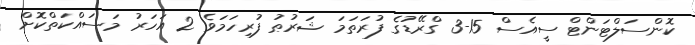
ކޮންސަލްޓަންޓް ސީއެސް 15-3 ގްރޭޑުގެ ފުރަތަމަ ޝަރުޠު ފުރިހަމަވެ 2 އަހަރު މަސައްކަތްކޮށް